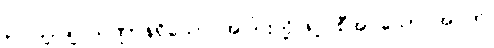
၃။ ပျဉ်ချပ်သဏ္ဌာန်ရှိသော အပြားတို့ဖြင့် စီအပ်သော အဝတ်၊